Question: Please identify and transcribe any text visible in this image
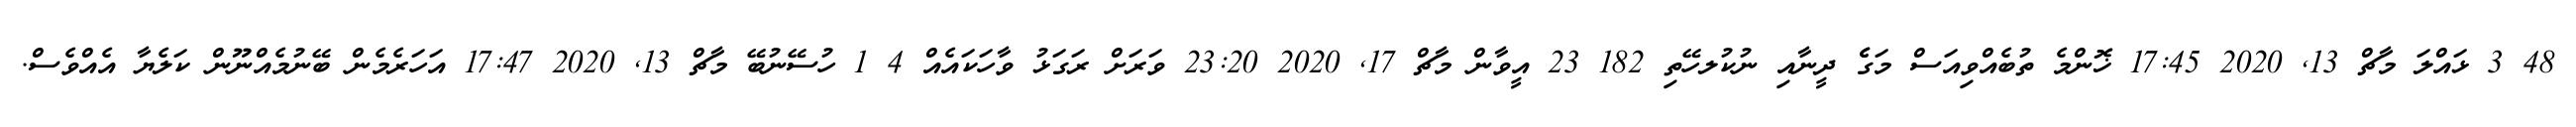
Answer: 48 3 ޅައްލަ މާޗް 13, 2020 17:45 ޚޮންމެ ތުބެއްވިއަސް މަގެެ ދީނާއި ނުކުލހޭތި 182 23 އީވާން މާޗް 17, 2020 23:20 ވަރަށް ރަގަޅު ވާހަކައެއް 4 1 ހުސޭނުބޭ މާޗް 13, 2020 17:47 އަހަރެމެން ބޭނުމެއްނޫން ކަލެޔާ އެއްވެސް.